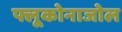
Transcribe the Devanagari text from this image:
फ्लूकोनाजोल